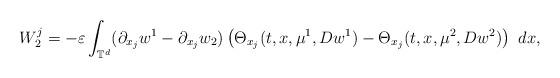
LaTeX: \begin{align*}W^{j}_{2}=-\varepsilon\int_{\mathbb{T}^{d}}(\partial_{x_{j}}w^{1}-\partial_{x_{j}}w_{2})\left(\Theta_{x_{j}}(t,x,\mu^{1},Dw^{1})-\Theta_{x_{j}}(t,x,\mu^{2},Dw^{2})\right)\ dx,\end{align*}